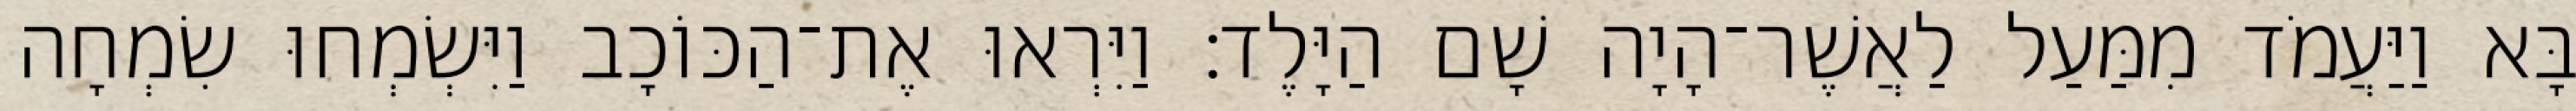
בָּא וַיַּעֲמֹד מִמַּעַל לַאֲשֶׁר־הָיָה שָׁם הַיָּלֶד׃ וַיִּרְאוּ אֶת־הַכּוֹכָב וַיִּשְׂמְחוּ שִׂמְחָה